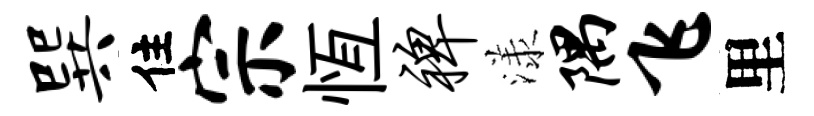
巽住宗恆裨漾隅飞里